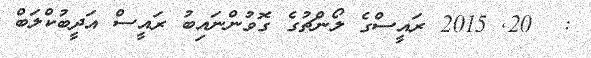
:  20